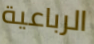
الرباعية